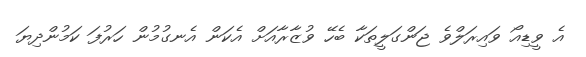
އެ ވީޑިއޯ ވައިރަލްވެ ޖަންގަލީތަކާ ބެހޭ ވުޒާރާއަށް އެކަން އެނގުމުން ހަރުފަ ކަމުންދިޔަ